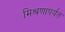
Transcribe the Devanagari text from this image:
मिश्रणापर्यंत